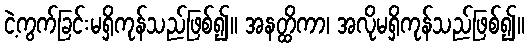
ငဲ့ကွက်ခြင်းမရှိကုန်သည်ဖြစ်၍။ အနတ္ထိကာ၊ အလိုမရှိကုန်သည်ဖြစ်၍။